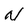
Character: N